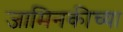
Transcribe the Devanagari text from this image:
जामिनकीच्या